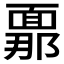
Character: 𮧍